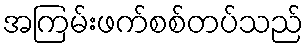
အကြမ်းဖက်စစ်တပ်သည်